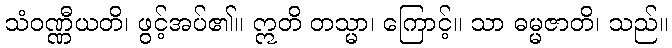
သံဝဏ္ဏီယတိ၊ ဖွင့်အပ်၏။ ဣတိ တသ္မာ၊ ကြောင့်။ သာ ဓမ္မဇာတိ၊ သည်။